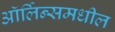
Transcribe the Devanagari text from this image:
ऑर्लिन्समधील